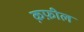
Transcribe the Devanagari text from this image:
क़फ़ील